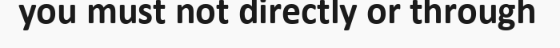
you must not directly or through